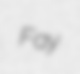
Fay